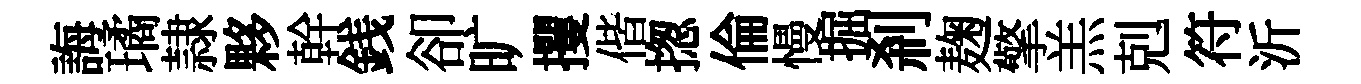
誨璚隷夥幹銭卻旷攫偕揔倫慢掘刹麹擎羔剋符沂